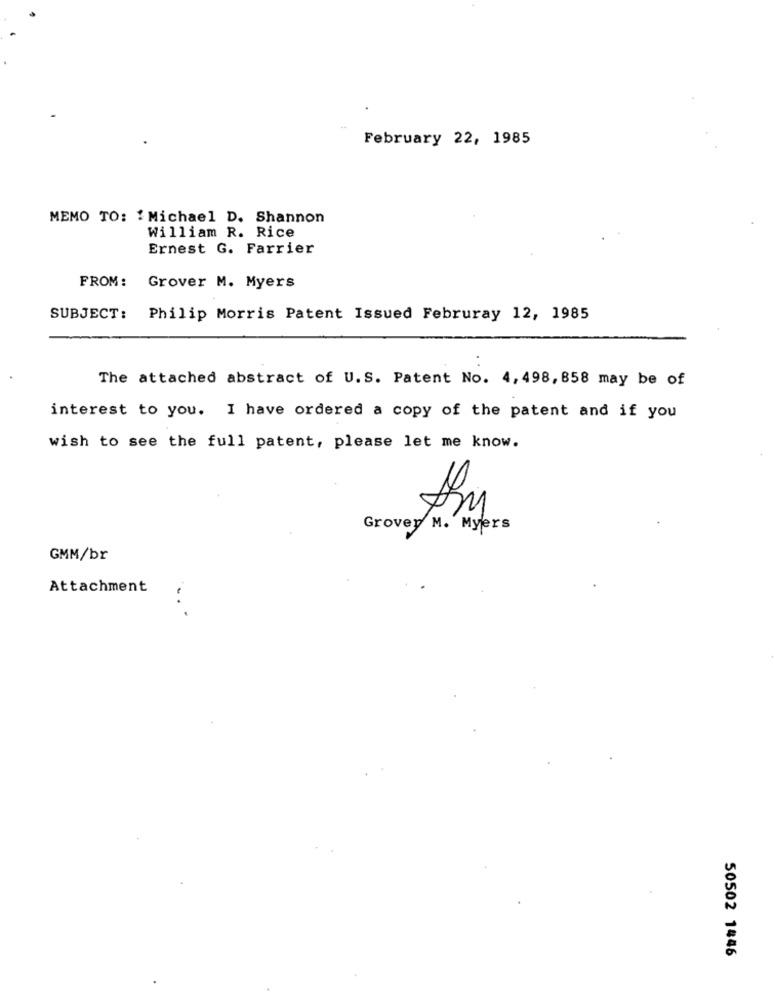
February 22, 1985
MEMO TO: { Michael D. Shannon
William R. Rice
Ernest G. Farrier
FROM:
Grover M. Myers
SUBJECT:
Philip Morris Patent Issued Februray 12, 1985
The attached abstract of U.S. Patent No. 4, 498, 858 may be of
interest to you. I have ordered a copy of the patent and if you
wish to see the full patent, please let me know.
Grovey M. Myers
GMM/br
Attachment
50502 1446